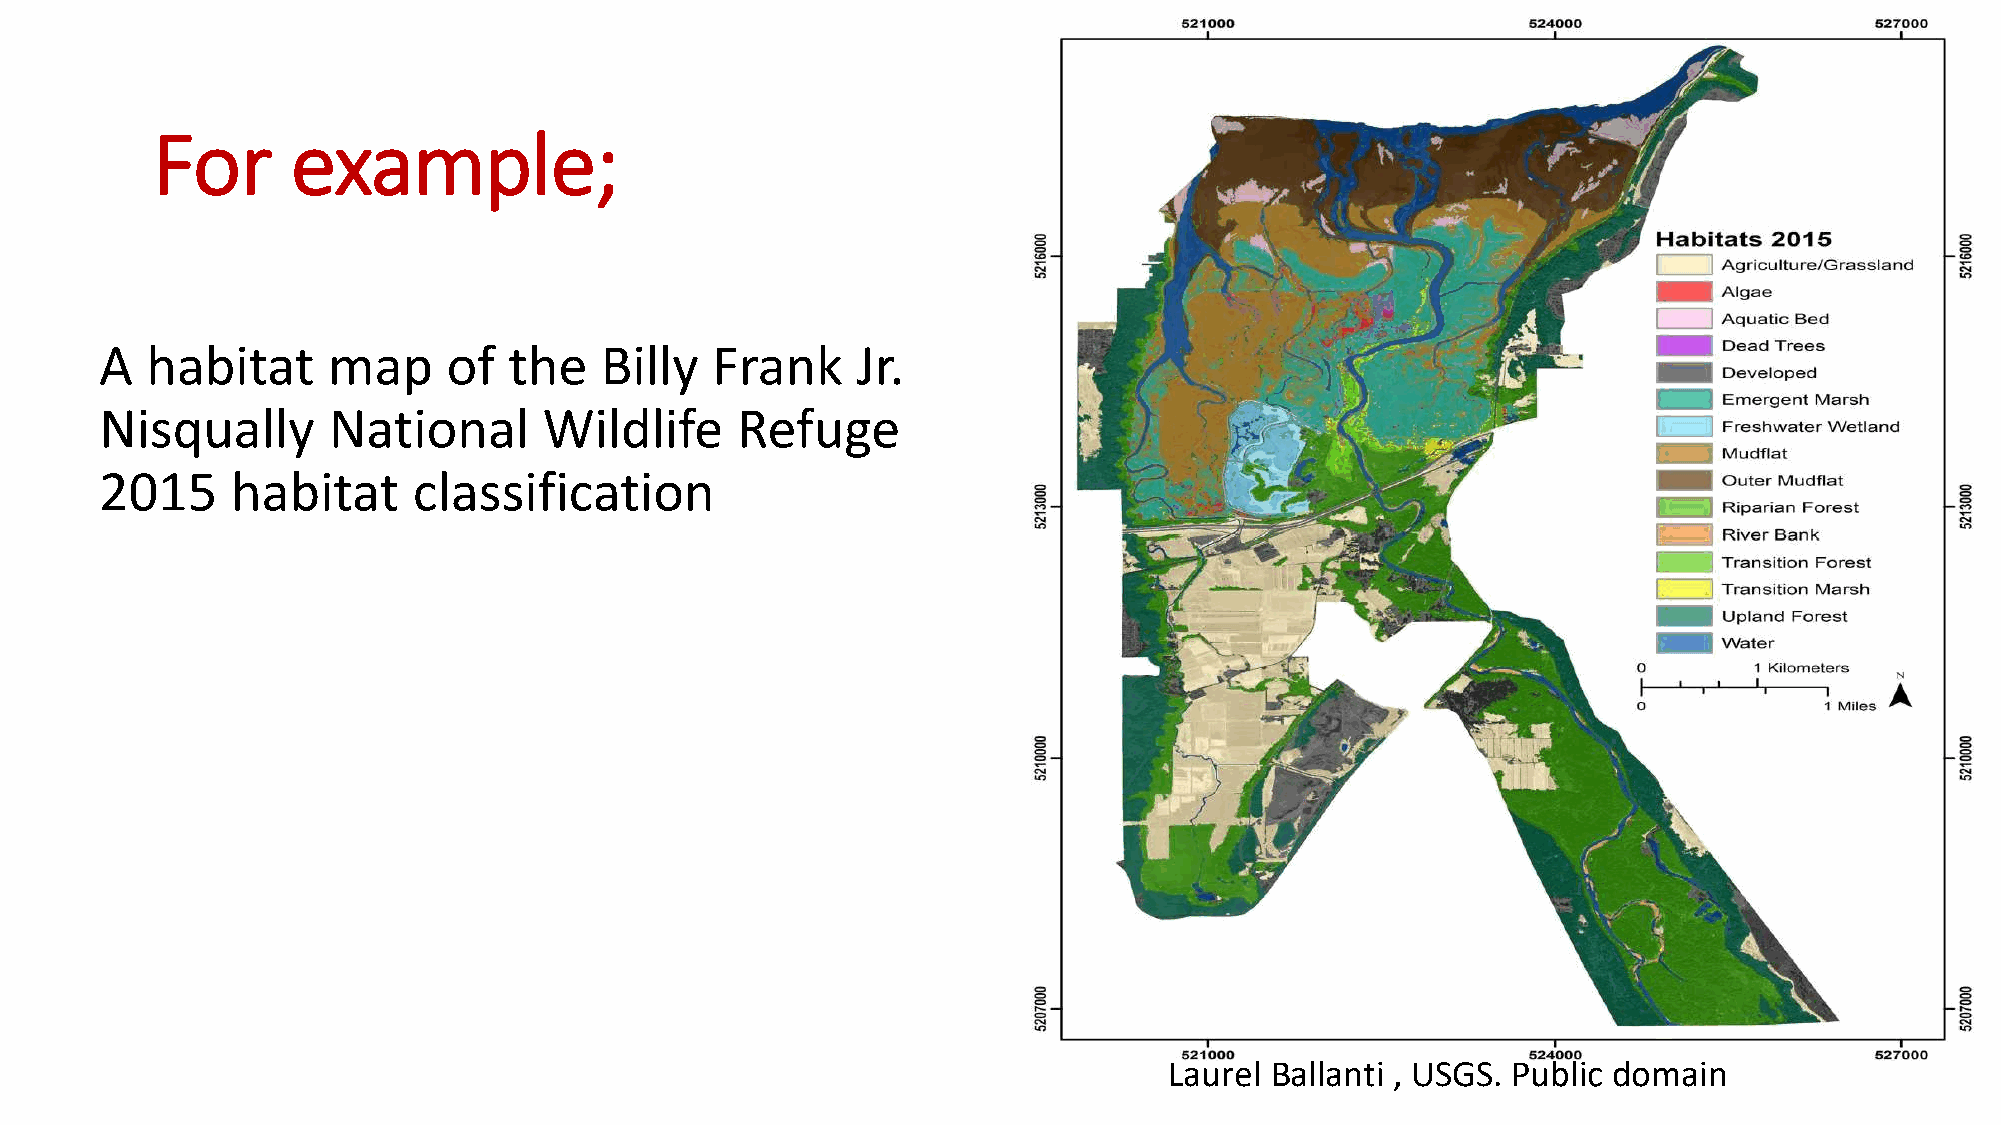
For      example;
 A  habitat     map     of  the   Billy  Frank     Jr.
 Nisqually      National      Wildlife     Refuge
 2015    habitat     classification
 Laurel Ballanti , USGS. Public domain